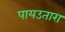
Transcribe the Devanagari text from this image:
पायउतारा